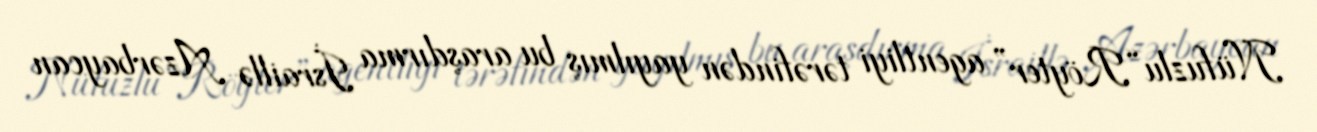
Nüfuzlu “Röyter” agentliyi tərəfindən yayılmış bu araşdırma İsraillə Azərbaycan